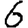
Digit: 6